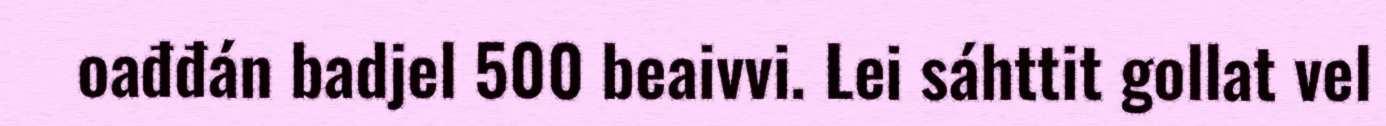
oađđán badjel 500 beaivvi. Lei sáhttit gollat vel